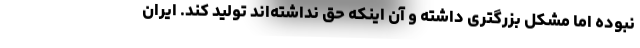
نبوده اما مشکل بزرگتری داشته و آن اینکه حق نداشته‌اند تولید کند. ایران